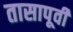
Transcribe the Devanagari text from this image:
तासापूर्वी